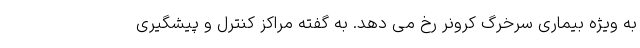
به ویژه بیماری سرخرگ کرونر رخ می دهد. به گفته مراکز کنترل و پیشگیری